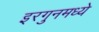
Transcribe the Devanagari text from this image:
इरगुनमध्ये